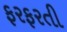
ફરફરતી